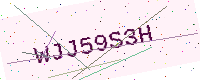
Text: WJJ59S3H